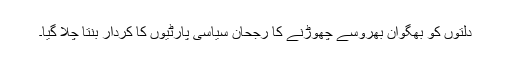
دلتوں کو بھگوان بھروسے چھوڑنے کا رجحان سیاسی پارٹیوں کا کردار بنتا چلا گیا۔